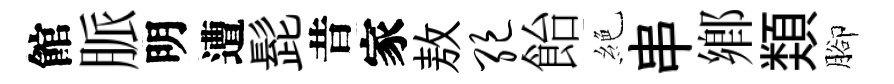
館脈明遭髭昔家敖绝飴絶串鄕𩔖腳